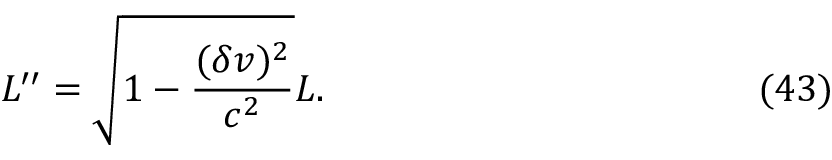
L ^ { \prime \prime } = \sqrt { 1 - \frac { ( \delta v ) ^ { 2 } } { c ^ { 2 } } } L . \eqno ( 4 3 )